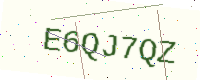
Text: E6QJ7QZ